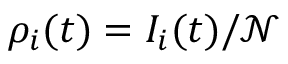
\rho _ { i } ( t ) = I _ { i } ( t ) / \mathcal { N }